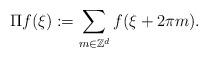
LaTeX: \begin{align*}\Pi f(\xi):=\sum_{m\in\mathbb{Z}^d} f(\xi+2\pi m).\end{align*}